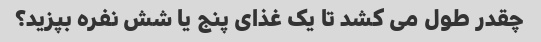
چقدر طول می کشد تا یک غذای پنج یا شش نفره بپزید؟